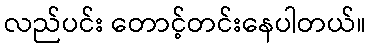
လည်ပင်း တောင့်တင်းနေပါတယ်။